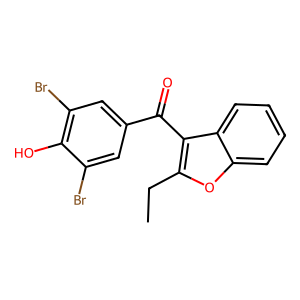
SMILES: CCc1oc2ccccc2c1C(=O)c1cc(Br)c(O)c(Br)c1
Inhibits HIV replication: No